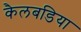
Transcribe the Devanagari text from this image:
कैलबडिया